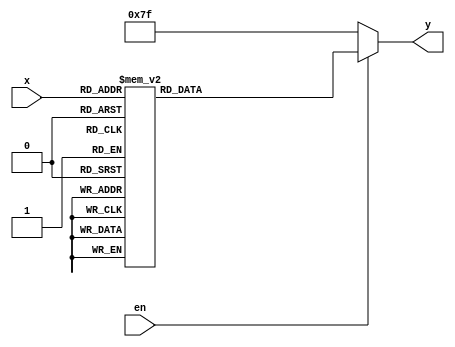
module my_hex(en, x, y);
	input en;
	input [3:0] x;
	output reg [6:0] y= 7'b1111111;
	
	always @(x)
	begin
		if (en)
		begin
		case (x)
			0 : y = 7'b1000000;
			1 : y = 7'b1111001;
			2 : y = 7'b0100100;
			3 : y = 7'b0110000;
			4 : y = 7'b0011001;
			5 : y = 7'b0010010;
			6 : y = 7'b0000010;
			7 : y = 7'b1111000;
			8 : y = 7'b0000000;
			9 : y = 7'b0010000;
			10 : y = 7'b0001000;
			11 : y = 7'b0000011;
			12 : y = 7'b1000110;
			13 : y = 7'b0100001;
			14 : y = 7'b0000110;
			15 : y = 7'b0001110;
			default: y = 7'b1111111;
		endcase
		end
		else
			y = 7'b1111111;
	end
	
endmodule